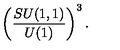
\left( \frac { S U ( 1 , 1 ) } { U ( 1 ) } \right) ^ { 3 } .